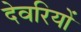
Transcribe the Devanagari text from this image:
देवरियों